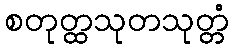
စတုတ္ထသုတသုတ္တံ